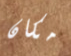
مكان